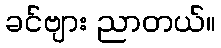
ခင်ဗျား ညာတယ်။